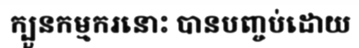
ក្បួនកម្មករនោះ បានបញ្ចប់ដោយ